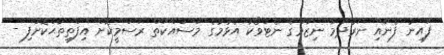
ފައިނު ފެނާއި ނަރުދަމާ ނިޒާމްގެ ނެޓްވޯކު އެޅުމުގެ މަސައްކަތް ރަސްމީކޮށް އިފްތިތާޙްކޮށްފި -